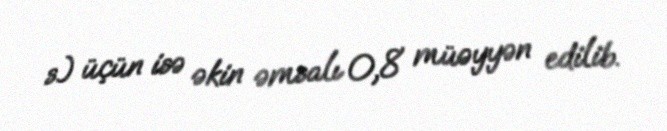
s.) üçün isə əkin əmsalı 0,8 müəyyən edilib.